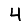
Digit: 4